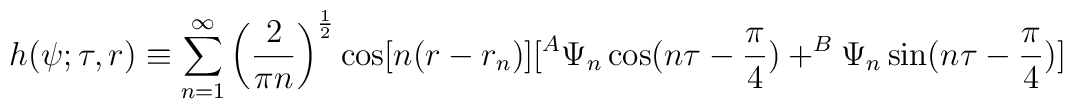
h(\psi ;\tau ,r)\equiv \sum_{n=1}^\infty \left( \frac 2{\pi n}\right)^{\frac 12}\cos [n(r-r_n)][^A\Psi _n\cos (n\tau -\frac \pi 4)+^B\Psi _n\sin(n\tau -\frac \pi 4)]